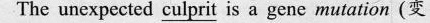
The unexpected culprit is a gene mutation(变